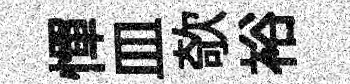
憚皿欹裕